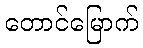
တောင်မြောက်